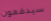
سيدفعون